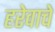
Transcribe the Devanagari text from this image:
हरेवाचे